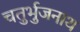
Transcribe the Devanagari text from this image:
चतुर्भुजनाथ